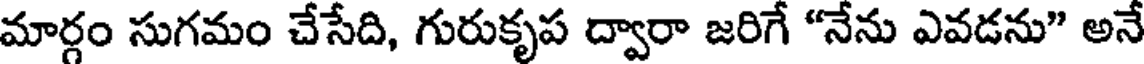
మార్గం సుగమం చేసేది, గురుకృప ద్వారా జరిగే "నేను ఎవడను" అనే